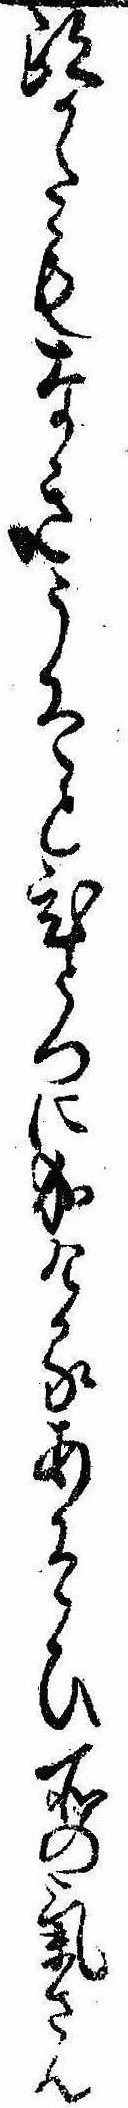
跡かたもなきうそとひとつに成けるあそひ所の気さん